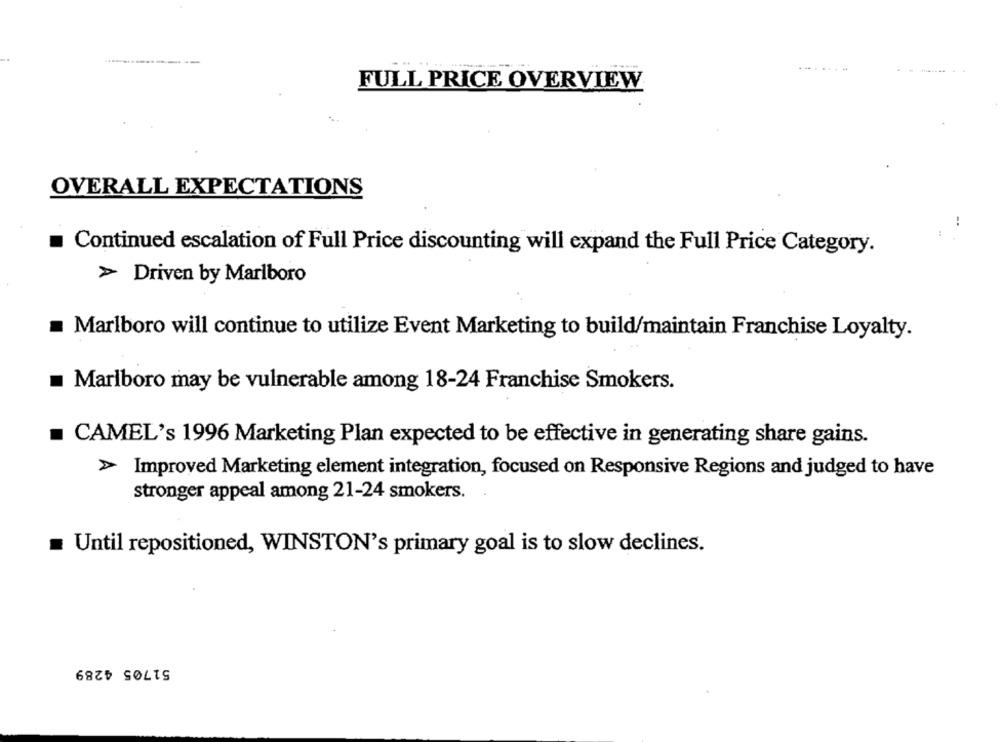
...
FULL PRICE OVERVIEW
OVERALL EXPECTATIONS
Continued escalation of Full Price discounting will expand the Full Price Category.
> Driven by Marlboro
Marlboro will continue to utilize Event Marketing to build/maintain Franchise Loyalty.
Marlboro may be vulnerable among 18-24 Franchise Smokers.
CAMEL's 1996 Marketing Plan expected to be effective in generating share gains.
> Improved Marketing element integration, focused on Responsive Regions and judged to have
stronger appeal among 21-24 smokers.
Until repositioned, WINSTON's primary goal is to slow declines.
51705 4289